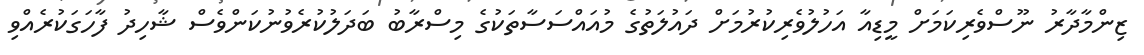
ޒިންމާދާރު ނޫސްވެރިކަމަށް މީޑިއާ އަހުލުވެރިކުރުމަށް ދައުލަތުގެ މުއައްސަސާތަކުގެ މިސްރާބު ބަދަލުކުރެވުނުކަންވެސް ޝާހިދު ފާހަގަކުރެއްވި